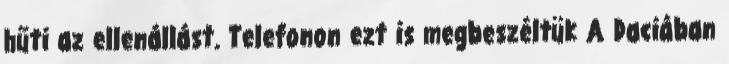
hűti az ellenállást. Telefonon ezt is megbeszéltük A Daciában